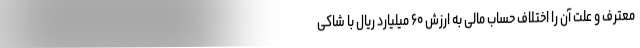
معترف و علت آن را اختلاف حساب مالی به ارزش ۶۰ میلیارد ریال با شاکی